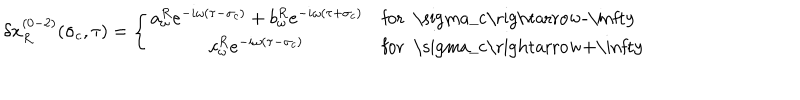
\delta x _ { R } ^ { ( 0 - 2 ) } ( \sigma _ { c } , \tau ) = \left\{ \begin{array} { c l } { { a _ { \omega } ^ { R } e ^ { - i \omega ( \tau - \sigma _ { c } ) } + b _ { \omega } ^ { R } e ^ { - i \omega ( \tau + \sigma _ { c } ) } } } & { { \mathrm { f o r ~ \ s i g m a _ { c } \rightarrow - \infty ~ } } } \\ { { c _ { \omega } ^ { R } e ^ { - i \omega ( \tau - \sigma _ { c } ) } } } & { { \mathrm { f o r ~ \ s i g m a _ { c } \rightarrow + \infty ~ } } } \\ \end{array} \right.